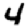
Digit: 4